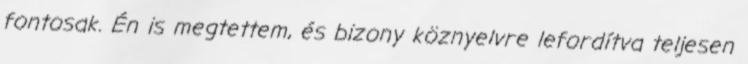
fontosak. Én is megtettem, és bizony köznyelvre lefordítva teljesen